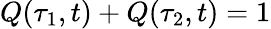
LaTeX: Q(\tau_{1},t)+Q(\tau_{2},t)=1